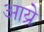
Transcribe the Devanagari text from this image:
आय्रे